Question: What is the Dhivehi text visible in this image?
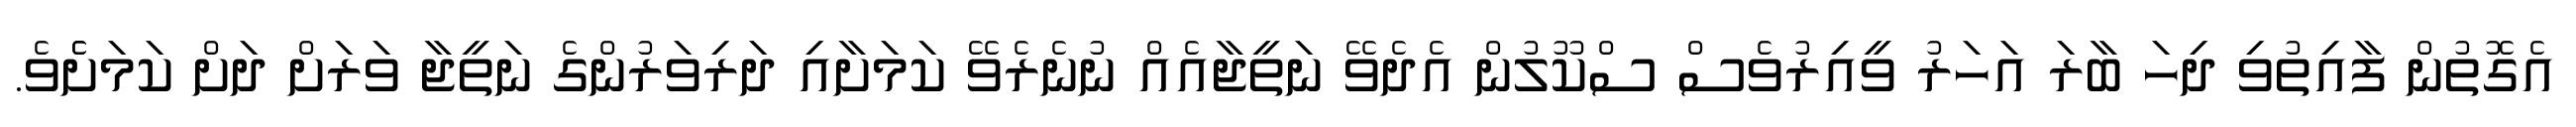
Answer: އެގޮތުން ފާއިތުވި ދިހަ ބާރަ އަހަރު ވީއިރުވެސް ސްކޫލުން އެދެވޭ ނަތީޖާއެއް ނުނެރެވޭ ކަމަށާއި ދަރިވަރުންގެ ނަތީޖާ ވަރަށް ދަށް ކަމަށެެވެ.